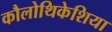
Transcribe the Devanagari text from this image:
कौलोथिकेशिया